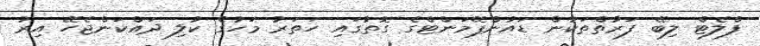
ފްލެޓް ލިބޭ ފަރާތްތަކުން ޑައުންޕޭމަންޓްގެ ގޮތުގައި ހަތަރު މަހުގެ ކުލި ދައްކަންޖެހޭ އިރު